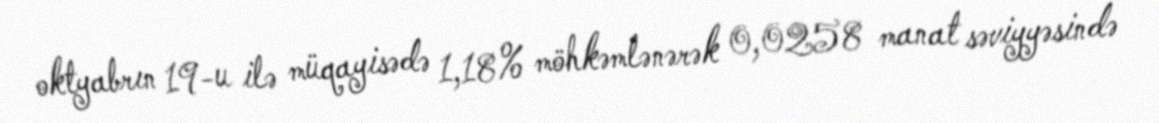
oktyabrın 19-u ilə müqayisədə 1,18% möhkəmlənərək 0,0258 manat səviyyəsində